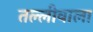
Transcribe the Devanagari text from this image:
तल्लीवाला